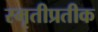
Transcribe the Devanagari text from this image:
स्मृतीप्रतीक